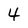
Character: 4